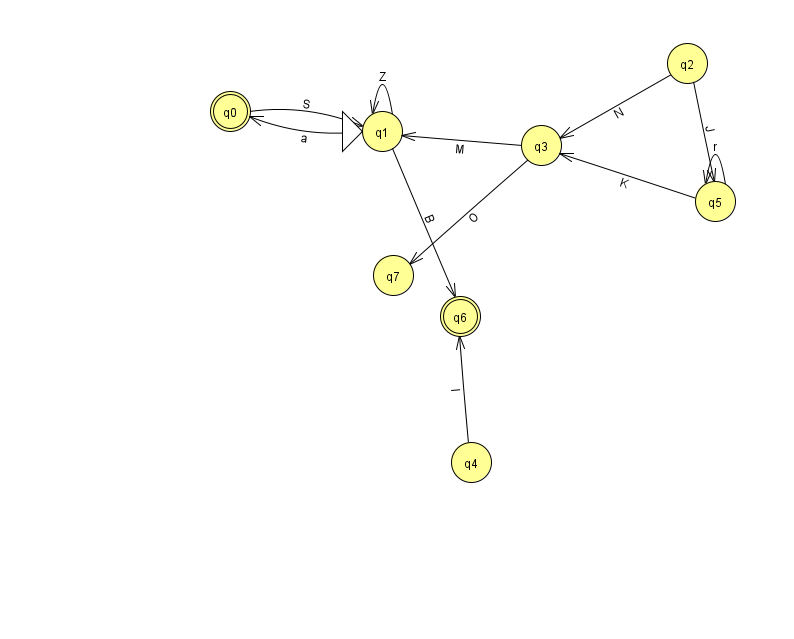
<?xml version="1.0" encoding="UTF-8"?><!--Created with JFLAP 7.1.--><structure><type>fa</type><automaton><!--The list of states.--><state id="0" name="q0"><x>230.0</x><y>98.0</y><final/></state><state id="1" name="q1"><x>382.0</x><y>118.0</y><initial/></state><state id="2" name="q2"><x>687.0</x><y>50.0</y></state><state id="3" name="q3"><x>541.0</x><y>132.0</y></state><state id="4" name="q4"><x>471.0</x><y>449.0</y></state><state id="5" name="q5"><x>715.0</x><y>188.0</y></state><state id="6" name="q6"><x>460.0</x><y>303.0</y><final/></state><state id="7" name="q7"><x>393.0</x><y>262.0</y></state><!--The list of transitions.--><transition><from>2</from><to>3</to><read>N</read></transition><transition><from>2</from><to>5</to><read>J</read></transition><transition><from>1</from><to>6</to><read>B</read></transition><transition><from>5</from><to>5</to><read>r</read></transition><transition><from>0</from><to>1</to><read>S</read></transition><transition><from>3</from><to>1</to><read>M</read></transition><transition><from>3</from><to>7</to><read>O</read></transition><transition><from>1</from><to>0</to><read>a</read></transition><transition><from>1</from><to>1</to><read>Z</read></transition><transition><from>4</from><to>6</to><read>l</read></transition><transition><from>5</from><to>3</to><read>K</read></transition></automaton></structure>